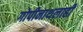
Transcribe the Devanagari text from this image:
गोपीनाथलाही